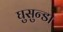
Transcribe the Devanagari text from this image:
घुसुन्डा